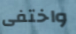
واختفى